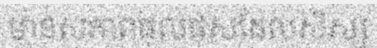
មានសភាពផុលផុសដែលសិស្ស